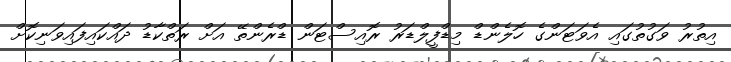
އިތުރު ވަގުތުގައި އެވަޓަންގެ ހޮލެންޑް މިޑްފީލްޑަރު ރޮއިސްޓަން ޑްރެންތޭ އަށް ރަތްކާޑު ދައްކައިފައިވަނިކޮށް